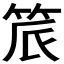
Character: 𬔾